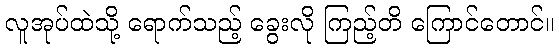
လူအုပ်ထဲသို့ ရောက်သည့် ခွေးလို ကြည့်တိ ကြောင်တောင်။